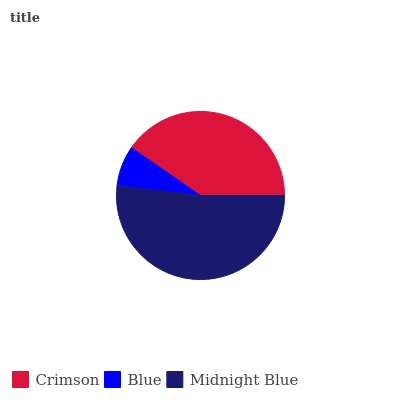
| Crimson | Blue | Midnight Blue |
 | --- | --- | --- |
 | 40.4% | 7.75% | 51.9% |